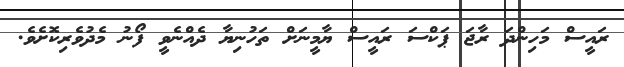
ރައީސް މަހިންދަ ރާޖަ ޕަކްސަ ރައީސް ޔާމީނަށް ތަހުނިޔާ ދެއްނެވީ ފޯނު މެދުވެރިކޮށެވެ.